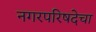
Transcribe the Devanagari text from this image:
नगरपरिषदेचा